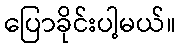
ပြောခိုင်းပါ့မယ်။